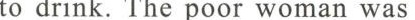
to drink. The poor woman was